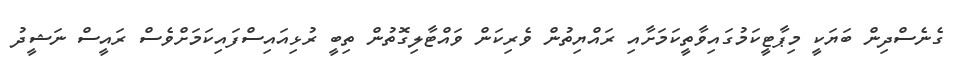
ގެނެސްދިން ބަޔަކީ މިޕާޓީކަމުގައިވާތީކަމަށާއި ރައްޔިތުން ވެރިކަން ވައްޓާލިގޮތުން ތިބީ ރުޅިއައިސްފައިކަމަށްވެސް ރައީސް ނަޝީދު